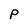
Character: P